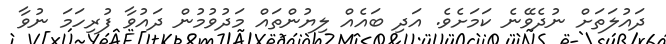
ދައުލަތަށް ނުދެވޭނެ ކަމަށެވެ. އަދި ބައެއް ލިޔުންތައް މަދުވުމުން ދައުވާ ފުރިހަމަ ނުވާ